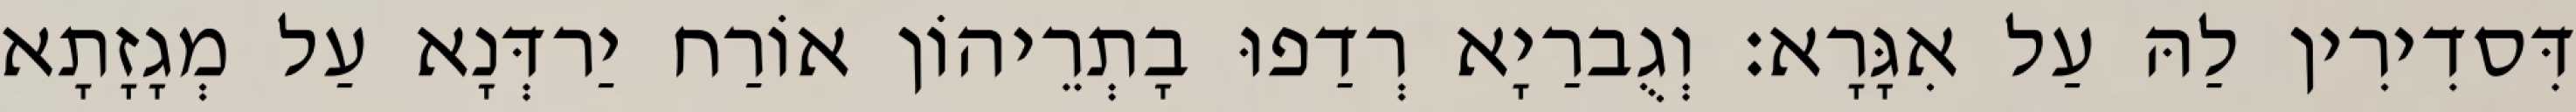
דִּסדִירִין לַהּ עַל אִגָּרָא׃ וְגֻברַיָא רְדַפוּ בָתְרֵיהוֹן אוֹרַח יַרדְּנָא עַל מְגָזָתָא